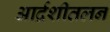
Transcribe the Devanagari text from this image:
आर्द्रशीतलन